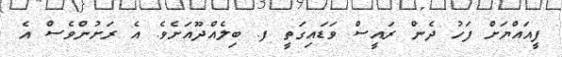
ފީއައްޔަށް ފަހު ދެން ރައީސް ވަޑައިގަތީ ފ. ބިލެއްދޫއަށެވެ. އެ ރަށުންވެސް އެ